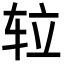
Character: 䢂